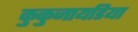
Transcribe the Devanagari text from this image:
कुकुजायडिया